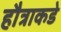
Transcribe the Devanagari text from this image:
हौत्राकडे